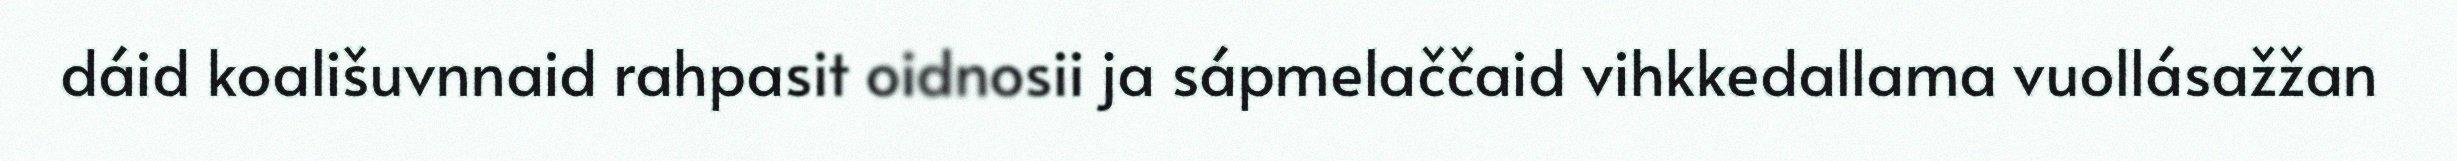
dáid koališuvnnaid rahpasit oidnosii ja sápmelaččaid vihkkedallama vuollásažžan